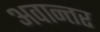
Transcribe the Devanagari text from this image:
अवान्‍तर